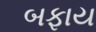
બફાય